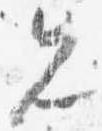
先